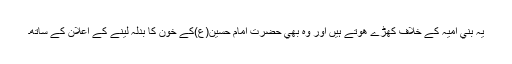
يہ بني اميہ کے خلاف کھڑے ھوتے ہيں اور وہ بھي حضرت امام حسين(ع)کے خون کا بدلہ لينے کے اعلان کے ساتھ۔